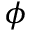
\phi